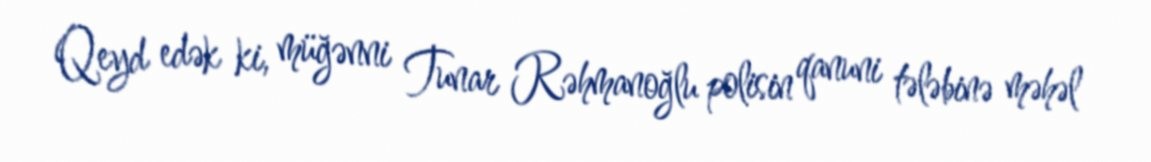
Qeyd edək ki, müğənni Tunar Rəhmanoğlu polisin qanuni tələbinə məhəl